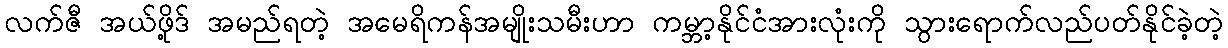
လက်ဇီ အယ်ဖို့ဒ် အမည်ရတဲ့ အမေရိကန်အမျိုးသမီးဟာ ကမ္ဘာ့နိုင်ငံအားလုံးကို သွားရောက်လည်ပတ်နိုင်ခဲ့တဲ့